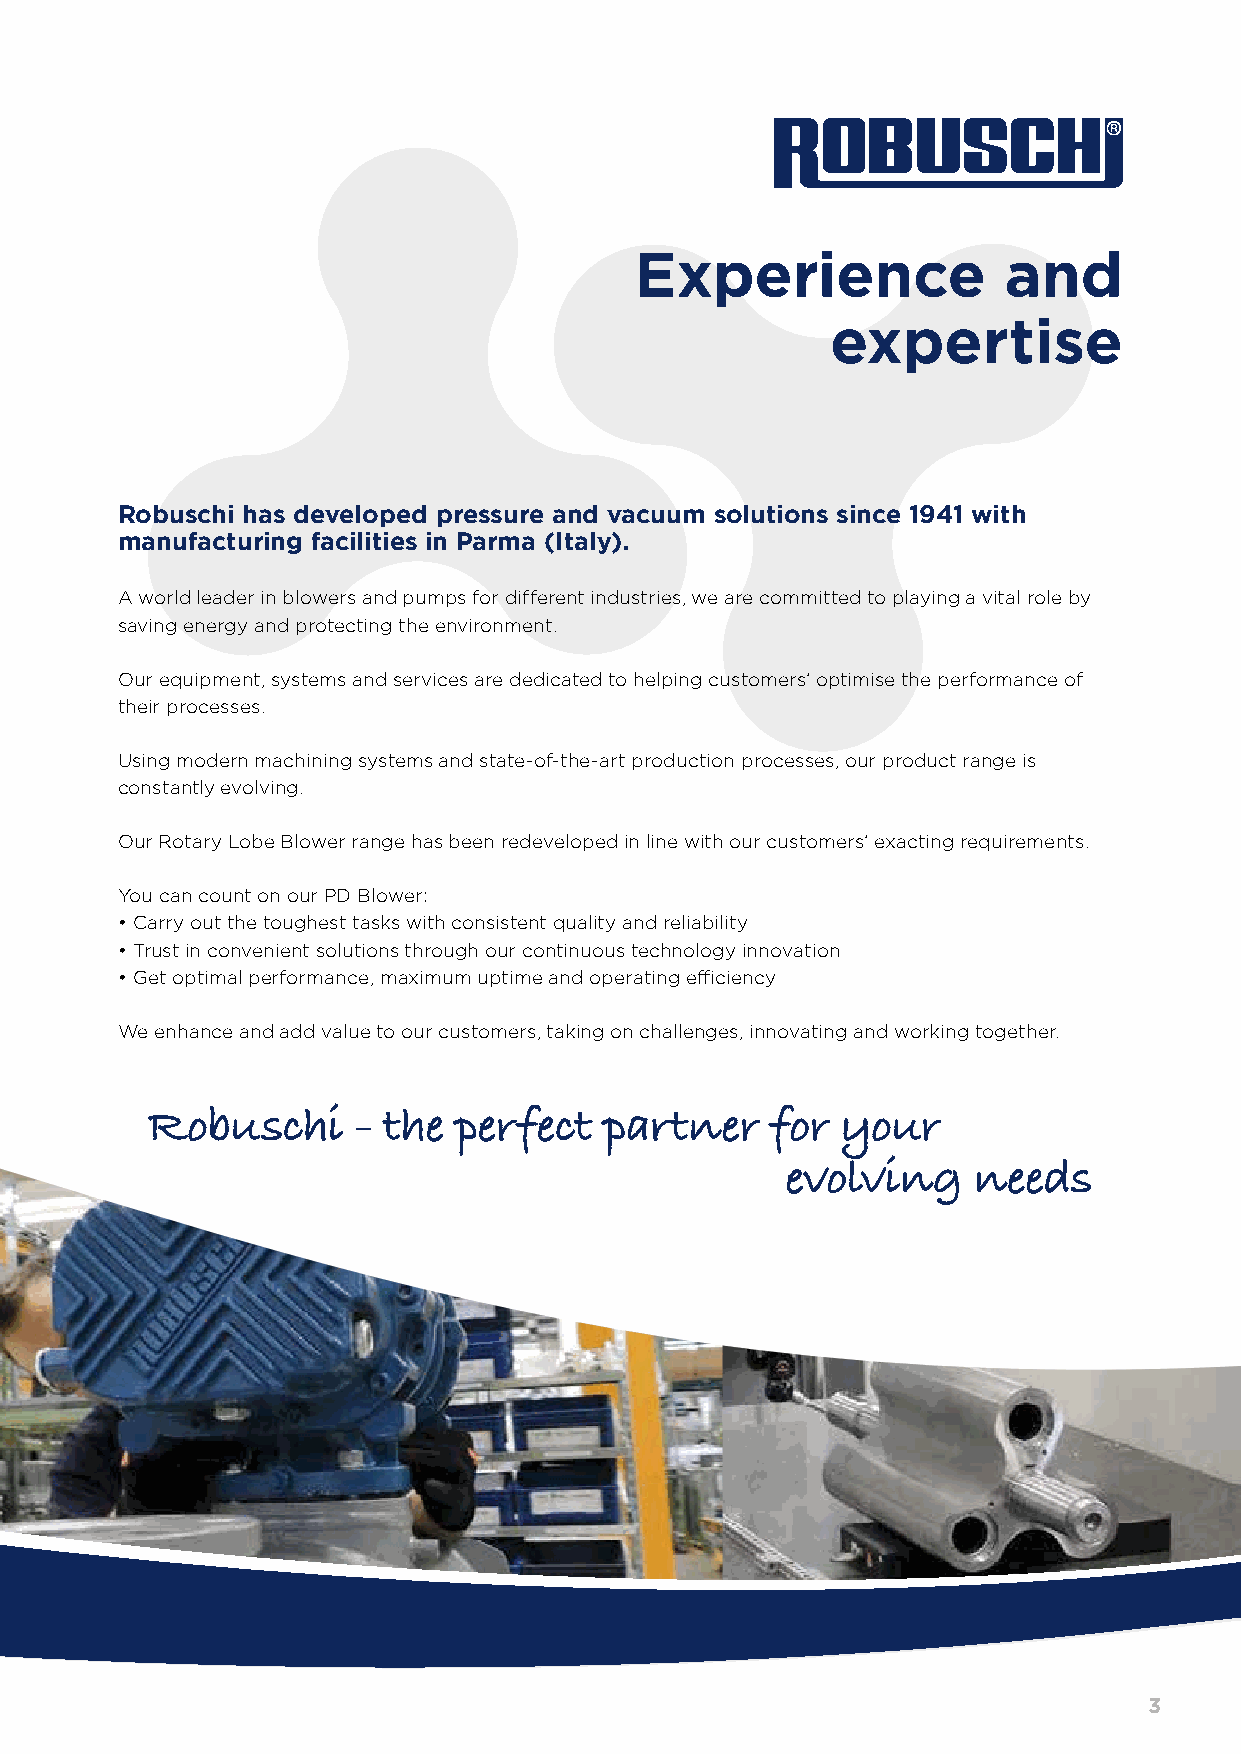
Experience              and
 expertise
 Robuschi has developed pressure and vacuum solutions since 1941 with
 manufacturing facilities in Parma (Italy).
 A world leader in blowers and pumps for different industries, we are committed to playing a vital role by
 saving energy and protecting the environment.
 Our equipment, systems and services are dedicated to helping customers’ optimise the performance of
 their processes.
 Using modern machining systems and state-of-the-art production processes, our product range is
 constantly evolving.
 Our Rotary Lobe Blower range has been redeveloped in line with our customers’ exacting requirements.
 You can count on our PD Blower:
 • Carry out the toughest tasks with consistent quality and reliability
 • Trust in convenient solutions through our continuous technology innovation
 • Get optimal performance, maximum uptime and operating efficiency
 We enhance and add value to our customers, taking on challenges, innovating and working together.
 Robuschi     - the  perfect   partner    for  your
 evolving    needs
 3